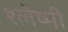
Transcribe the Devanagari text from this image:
श्लेष्मी